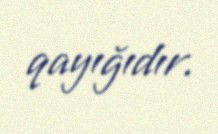
qayığıdır.